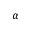
\alpha